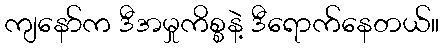
ကျနော်က ဒီအမှုကိစ္စနဲ့ ဒီရောက်နေတယ်။